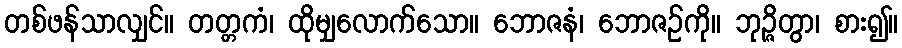
တစ်ဖန်သာလျှင်။ တတ္တကံ၊ ထိုမျှလောက်သော။ ဘောဇနံ၊ ဘောဇဉ်ကို။ ဘုဉ္ဇိတွာ၊ စား၍။